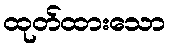
ထုတ်ထားသော